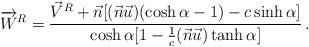
LaTeX: \begin{align*} \overrightarrow{W}^R = \frac{\vec{V}^R + \vec{n}[(\vec{n}\vec{u})(\cosh \alpha -1) - c\sinh \alpha]} {\cosh \alpha [1 - \frac{1}{c}(\vec{n} \vec{u})\tanh \alpha]}\, .\end{align*}